Civil Veterinary Dept. Assam report 1927-50 - 1927-1950
Year: 1927
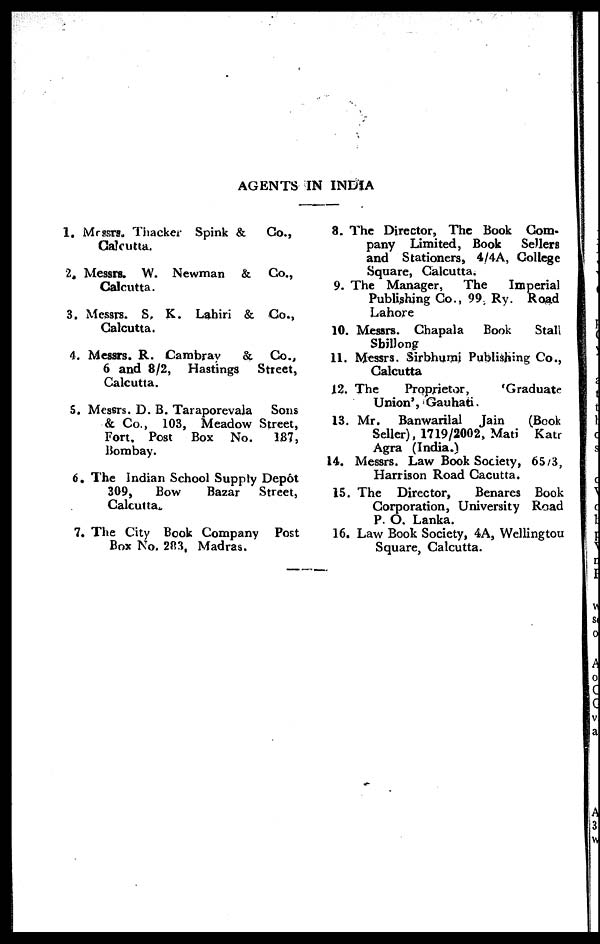
AGENTS IN INDIA
1. Messrs. Thacker Spink & Co.,
Calcutta.
2. Messrs. W. Newman & Co.,
Calcutta.
3. Messrs. S. K. Lahiri & Co.,
Calcutta.
4. Messrs. R. Cambray
&
Co.,
6 and 8/2, Hastings
Street,
Calcutta.
5. Messrs. D. B. Taraporevala
Sons
& Co., 103, Meadow Street,
Fort. Post Box No.
187,
Bombay.
6. The Indian School Supply Depot
309,
Bow
Bazar
Street,
Calcutta,.
7. The City Book Company Post
Box No. 283, Madras.
8. The Director, The Book Com-
pany Limited, Book
Sellers
and Stationers, 4/4A, College
Square, Calcutta.
9. The Manager,
The
Imperial
Publishing Co., 99 Ry. Road
Lahore
10. Messrs. Chapala
Book
Stall
Shillong
11. Messrs. Sirbhumi Publishing Co.,
Calcutta
12. The
Proprietor,
'Graduate
Union', Gauhati.
13. Mr. Banwarilal Jain
(Book
Seller), 1719/2002, Mati Katr
Agra (India.)
14. Messrs. Law Book Society, 65/3,
Harrison Road Cacutta.
15. The Director,
Benares Book
Corporation, University Road
P. O. Lanka.
16. Law Book Society, 4A, Wellington
Square, Calcutta.